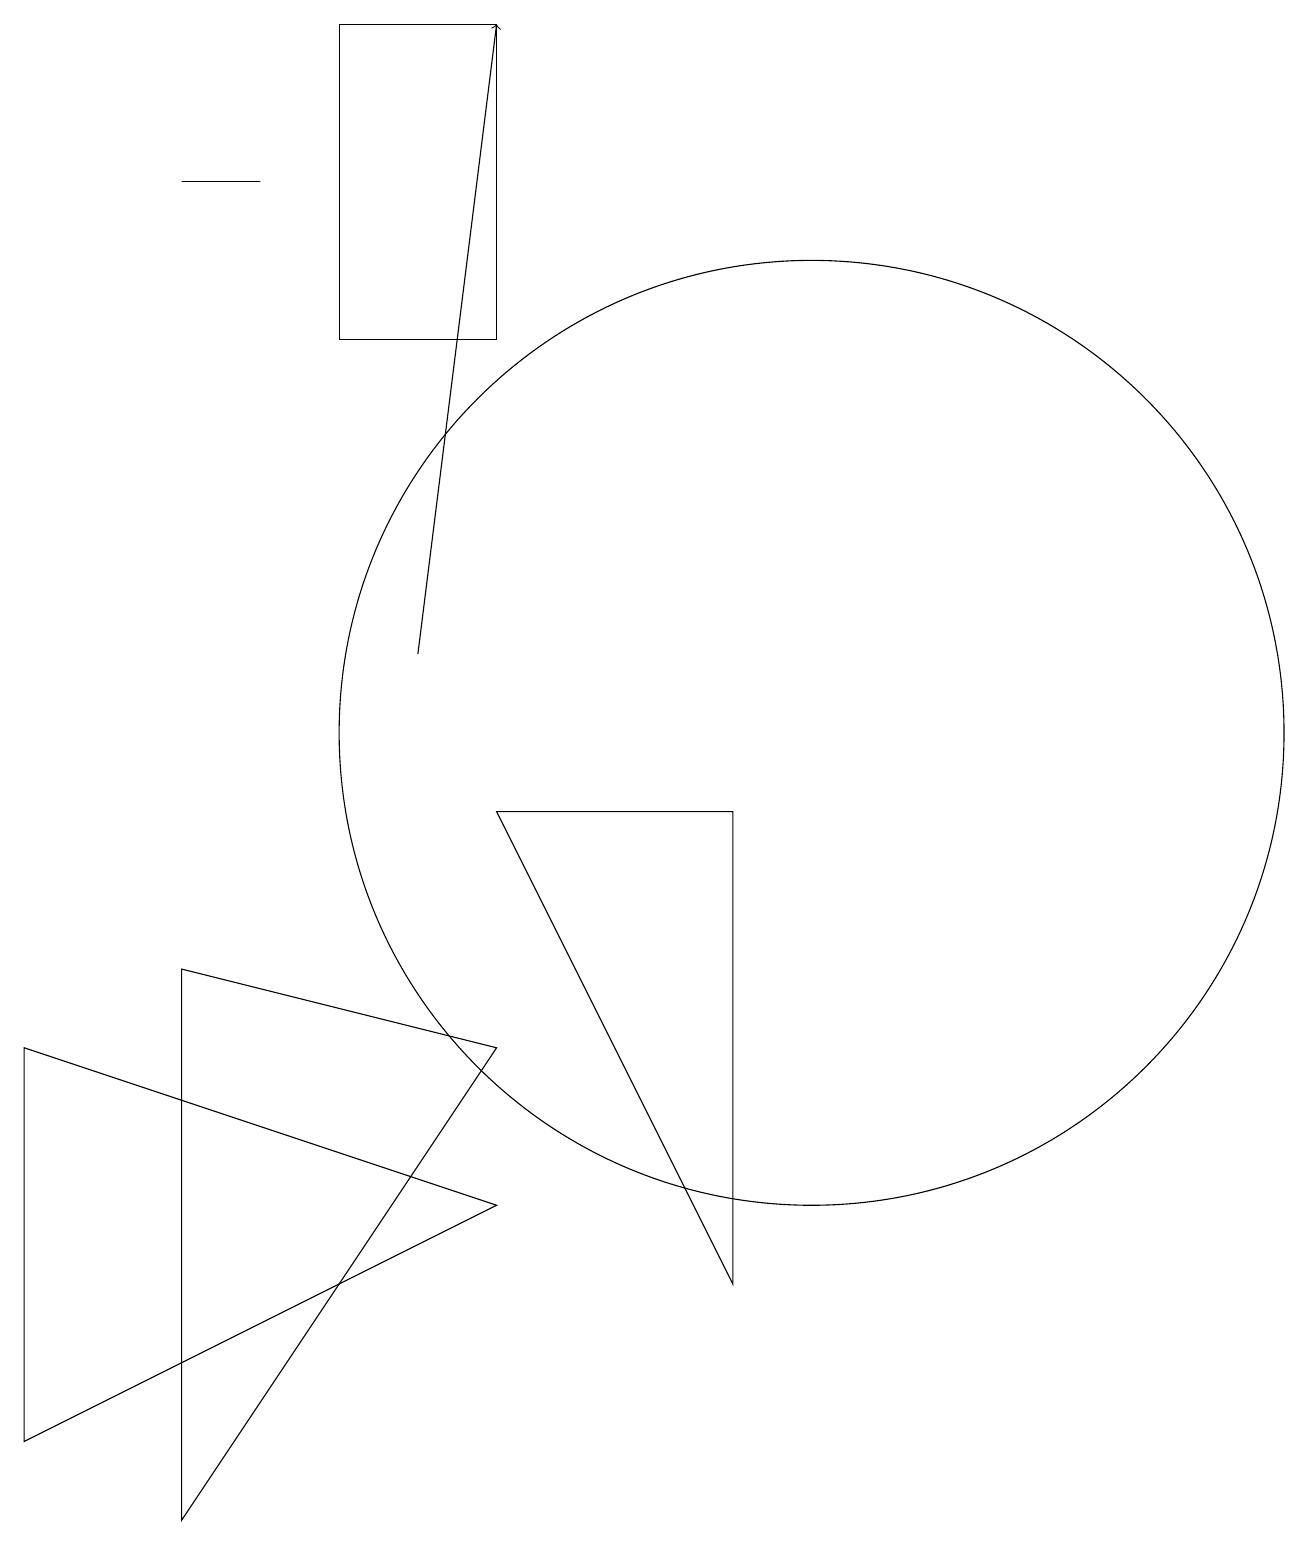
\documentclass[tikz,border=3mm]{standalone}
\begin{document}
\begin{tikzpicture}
\draw (6,9) -- (9,3) -- (9,9) -- cycle;
\draw (0,6) -- (0,1) -- (6,4) -- cycle;
\draw (2,0) -- (6,6) -- (2,7) -- cycle;
\draw (6,15) rectangle (4,19);
\draw (3,17) rectangle (2,17);
\draw (10,10) circle (6);
\draw[->] (5,11) -- (6,19);
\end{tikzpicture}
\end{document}